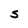
Character: S